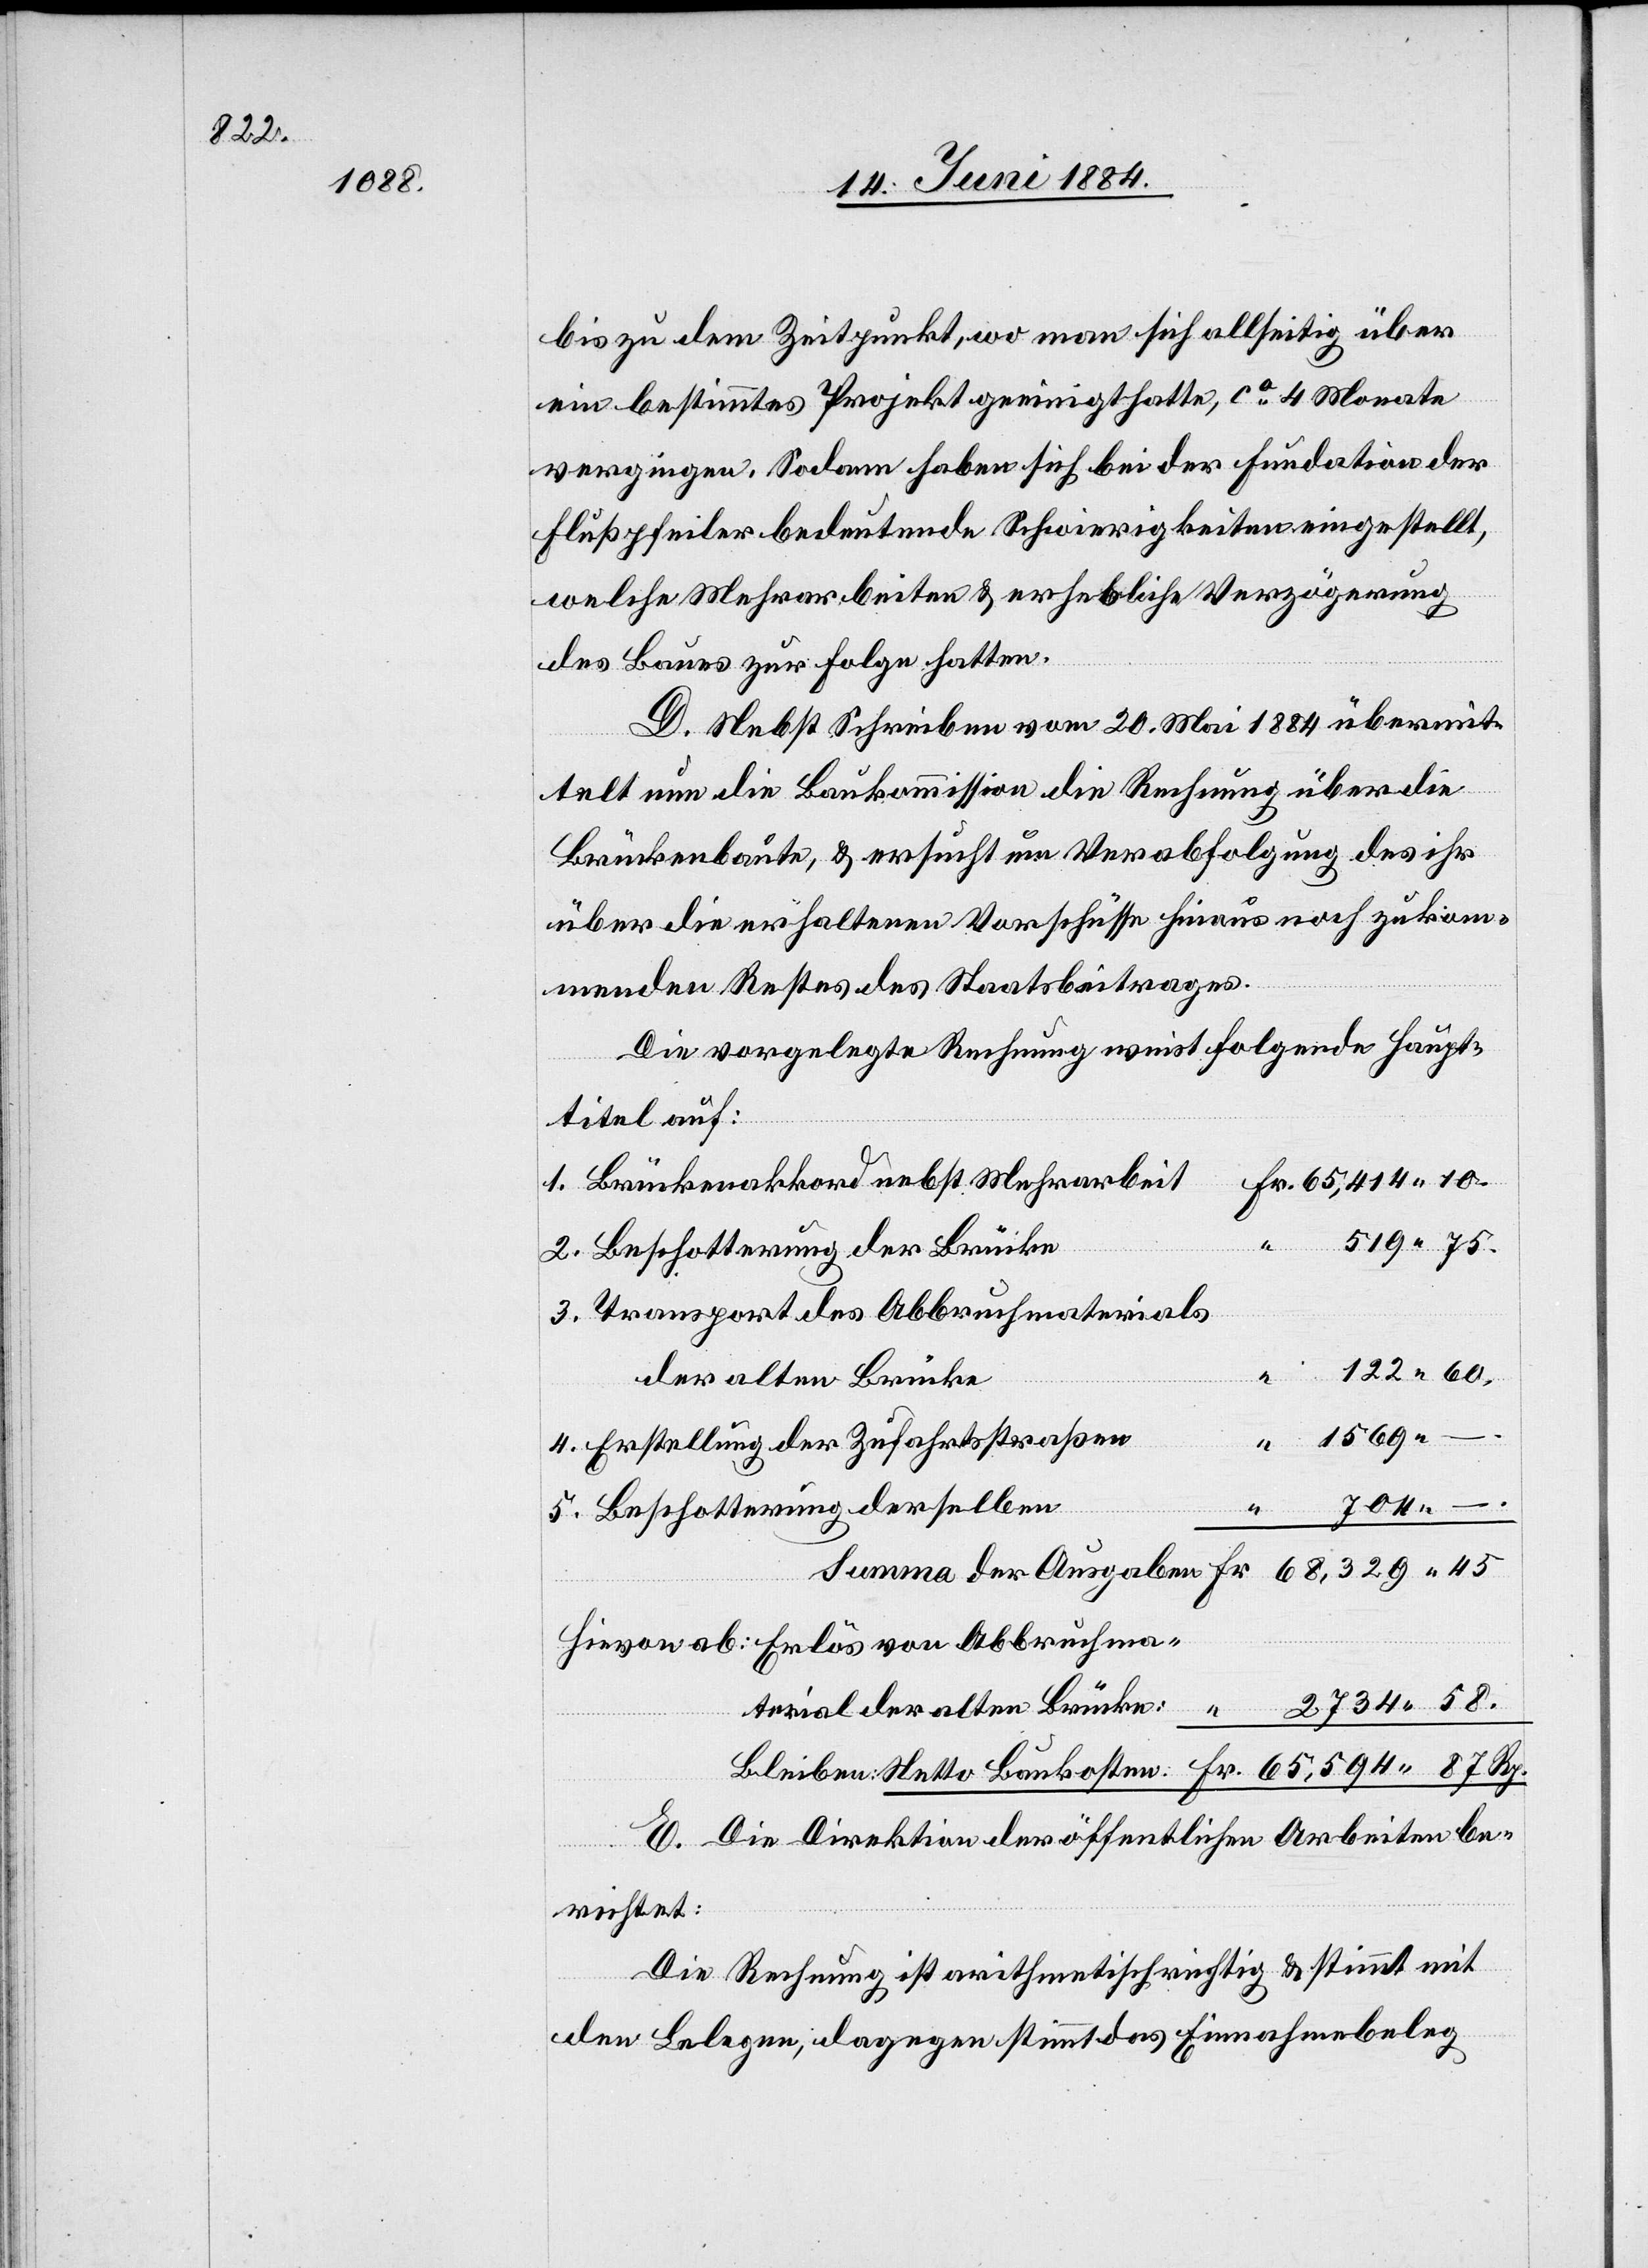
122

bis zu dem Zeitpunkt, wo man sich allseitig über
ein bestimmtes Projekt geeinigt hatte, ca 4 Monate
vergingen. Sodann haben sich bei der Fundation der
Flußpfeiler bedeutende Schwierigkeiten eingestellt,
welche Mehrarbeiten & erhebliche Verzögerung
des Baues zur Folge hatten.
D. Nebst Schreiben vom 20. Mai 1884 übermit¬
telt nun die Baukommission die Rechnung über die
Brückenbaute, & ersucht um Verabfolgung des ihr
über die erhaltenen Vorschriften hinaus noch zukom¬
menden Restes des Staatsbeitrages.
Die vorgelegte Rechnung weist folgende Haupt¬
titel auf:
Brückenakkord nebst Mehrarbeit
Beschotterung der Brücke
Transport des Abbruchmaterials
“
der alten Brücke
Erstellung der Zufahrtsstraßen
kosten:
2734
Beschotterung derselben
Fr.
Hievon ab: Erlös von Abbruchma¬
terial der alten Brücke:
E. Die Direktion der öffentlichen Arbeiten be¬
richtet:
Die Rechnung ist arithmetisch richtig & stimmt mit
Summa
den Belegen, dagegen stimmt das Einnahmebeleg